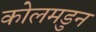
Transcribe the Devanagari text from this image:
कोलमडुन